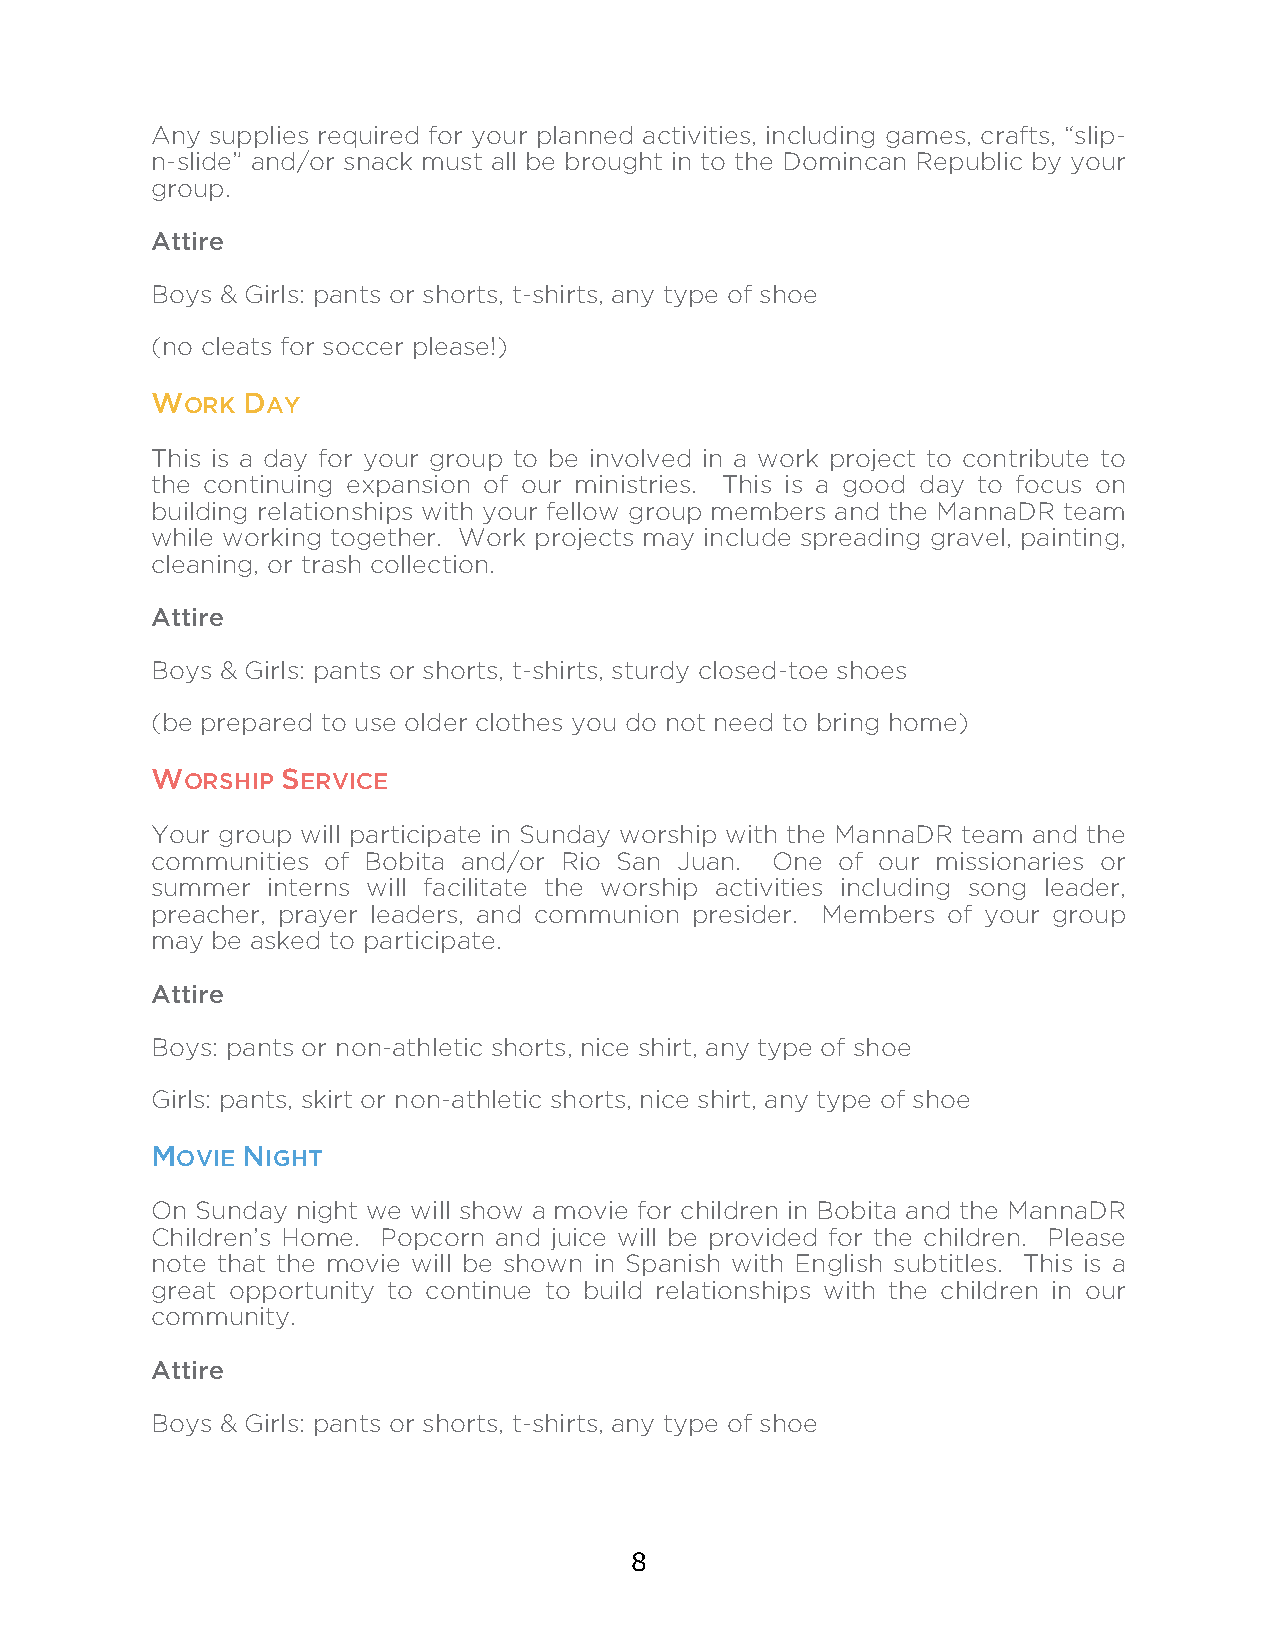
Any supplies required for your planned activities, including games, crafts, “slip-
 n-slide” and/or snack must all be brought in to the Domincan Republic by your
 group.
 Attire
 Boys & Girls: pants or shorts, t-shirts, any type of shoe
 (no cleats for soccer please!)
 WORK  DAY
 This is a day for your group to be involved in a work project to contribute to
 the continuing expansion of our ministries. This is a good day to focus on
 building relationships with your fellow group members and the MannaDR team
 while working together. Work projects may include spreading gravel, painting,
 cleaning, or trash collection.
 Attire
 Boys & Girls: pants or shorts, t-shirts, sturdy closed-toe shoes
 (be prepared to use older clothes you do not need to bring home)
 WORSHIP  SERVICE
 Your group will participate in Sunday worship with the MannaDR team and the
 communities of Bobita and/or Rio San Juan. One of our missionaries or
 summer  interns will facilitate the worship activities including song leader,
 preacher, prayer leaders, and communion presider. Members of your group
 may be asked to participate.
 Attire
 Boys: pants or non-athletic shorts, nice shirt, any type of shoe
 Girls: pants, skirt or non-athletic shorts, nice shirt, any type of shoe
 MOVIE NIGHT
 On Sunday night we will show a movie for children in Bobita and the MannaDR
 Children’s Home. Popcorn and juice will be provided for the children. Please
 note that the movie will be shown in Spanish with English subtitles. This is a
 great opportunity to continue to build relationships with the children in our
 community.
 Attire
 Boys & Girls: pants or shorts, t-shirts, any type of shoe
 8